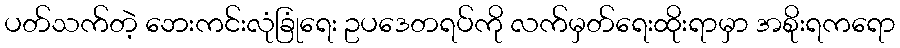
ပတ်သက်တဲ့ ဘေးကင်းလုံခြုံရေး ဥပဒေတရပ်ကို လက်မှတ်ရေးထိုးရာမှာ အစိုးရကရော